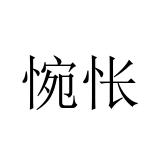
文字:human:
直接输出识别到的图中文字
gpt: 惋怅